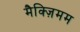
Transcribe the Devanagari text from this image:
मैक्ज़िमम